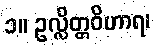
၁။ ဥလ္လိတ္တဝိဟာရ၊